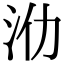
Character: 𣲒